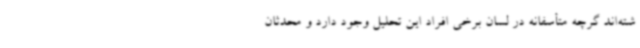
شته‌اند گرچه متأسفانه در لسان برخی افراد این تحلیل وجود دارد و محدثان